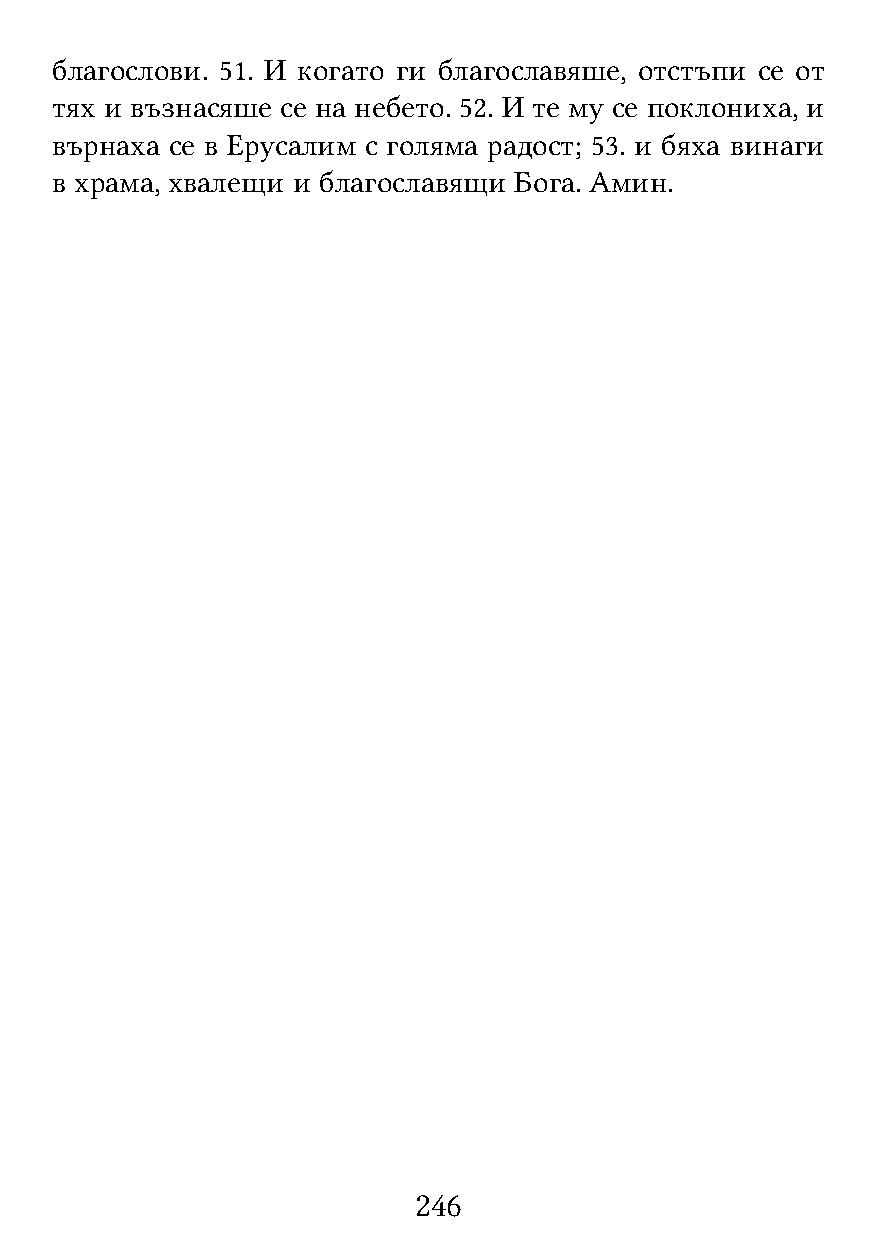
благослови. 51. И когато ги благославяше, отстъпи се от
 тях и възнасяше се на небето. 52. И те му се поклониха, и
 върнаха се в Ерусалим с голяма радост; 53. и бяха винаги
 в храма, хвалещи и благославящи Бога. Амин.
 246